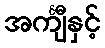
အင်္ကျီနှင့်